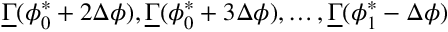
\underline { { \Gamma } } ( \phi _ { 0 } ^ { * } + 2 \Delta \phi ) , \underline { { \Gamma } } ( \phi _ { 0 } ^ { * } + 3 \Delta \phi ) , \dots , \underline { { \Gamma } } ( \phi _ { 1 } ^ { * } - \Delta \phi )